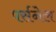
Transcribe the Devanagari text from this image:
पर्सनेल